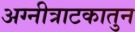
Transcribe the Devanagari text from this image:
अग्नीत्राटकातुन